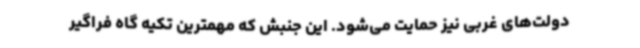
دولت‌های غربی نیز حمایت می‌شود. این جنبش که مهمترین تکیه گاه فراگیر